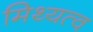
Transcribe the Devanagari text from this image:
मिथ्यत्व